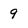
Character: 9